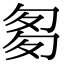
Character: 𠣨